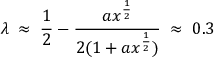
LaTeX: \lambda \; \approx \; \frac { 1 } { 2 } - \frac { a x ^ { \frac { 1 } { 2 } } } { 2 ( 1 + a x ^ { \frac { 1 } { 2 } } ) } \; \approx \; 0 . 3